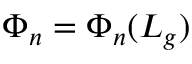
\Phi _ { n } = \Phi _ { n } ( L _ { g } )